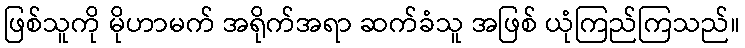
ဖြစ်သူကို မိုဟာမက် အရိုက်အရာ ဆက်ခံသူ အဖြစ် ယုံကြည်ကြသည်။